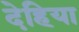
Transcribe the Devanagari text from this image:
देहिया